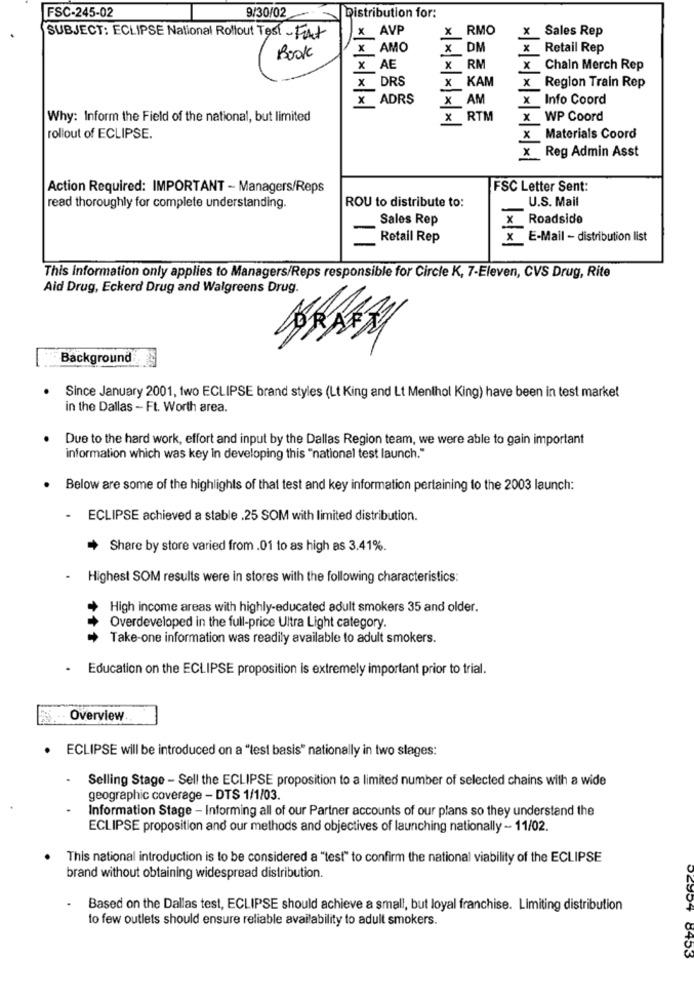
9/30/02
FSC-245-02
Distribution for:
x AVP
x RMO
X Sales Rep
SUBJECT: ECLIPSE National Rollout Test - Fat
x AMO
x DM
x Retail Rep
Book
X AE
X RM
x Chain Merch Rep
DRS
x KAM
x Region Train Rep
ADRS
x AM
x Info Coord
Why: Inform the Field of the national, but limited
X RTM
X WP Coord
rollout of ECLIPSE.
x Materials Coord
x Reg Admin Asst
Action Required: IMPORTANT - Managers/Reps
FSC Letter Sent:
ROU to distribute to:
U.S. Mail
read thoroughly for complete understanding.
Sales Rep
Roadside
Retail Rep
x E-Mail - distribution list
This information only applies to Managers/Reps responsible for Circle K, 7-Eleven, CVS Drug, Rite
Aid Drug, Eckerd Drug and Walgreens Drug.
NORAER
Background
Since January 2001, two ECLIPSE brand styles (Lt King and Lt Menthol King) have been in test market
in the Dallas - Ft. Worth area.
Due to the hard work, effort and input by the Dallas Region team, we were able to gain important
information which was key in developing this "national test launch."
Below are some of the highlights of that test and key information pertaining to the 2003 launch:
.
ECLIPSE achieved a stable .25 SOM with limited distribution.
Share by store varied from .01 to as high as 3.41%.
Highest SOM results were in stores with the following characteristics:
High income areas with highly-educated adult smokers 35 and older.
+1
Overdeveloped in the full-price Ultra Light category.
Take-one information was readily available to adult smokers.
Education on the ECLIPSE proposition is extremely important prior to trial.
Overview ..
· ECLIPSE will be introduced on a "lest basis" nationally in two stages:
Selling Stage - Sell the ECLIPSE proposition to a limited number of selected chains with a wide
geographic coverage - DTS 1/1/03.
Information Stage - Informing all of our Partner accounts of our plans so they understand the
ECLIPSE proposition and our methods and objectives of launching nationally - 11/02.
This national introduction is to be considered a "test" to confirm the national viability of the ECLIPSE
brand without obtaining widespread distribution.
Based on the Dallas test, ECLIPSE should achieve a small, but loyal franchise. Limiting distribution
to few outlets should ensure reliable availability to adult smokers.
02954 8453